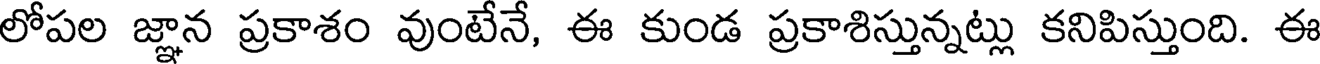
లోపల జ్ఞాన ప్రకాశం వుంటేనే, ఈ కుండ ప్రకాశిస్తున్నట్లు కనిపిస్తుంది. ఈ